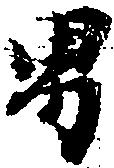
男